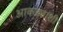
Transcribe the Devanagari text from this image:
आकड्यांशी